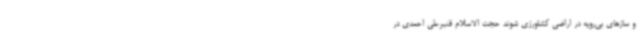
و سازهای بی‌رویه در اراضی کشاورزی شوند حجت الاسلام قنبرعلی احمدی در